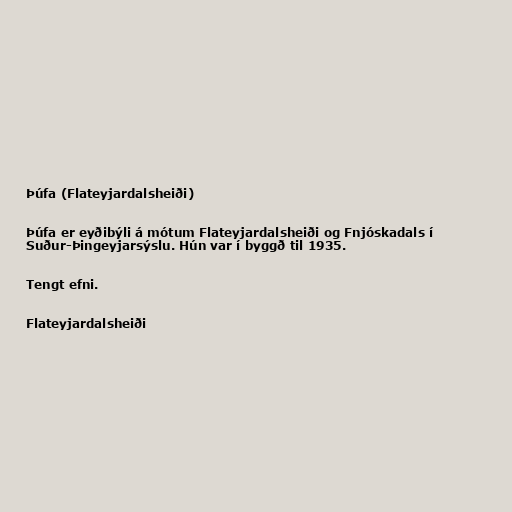
Þúfa (Flateyjardalsheiði)

Þúfa er eyðibýli á mótum Flateyjardalsheiði og Fnjóskadals í
Suður-Þingeyjarsýslu. Hún var í byggð til 1935.

Tengt efni.

Flateyjardalsheiði